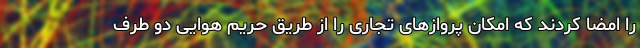
را امضا کردند که امکان پروازهای تجاری را از طریق حریم هوایی دو طرف